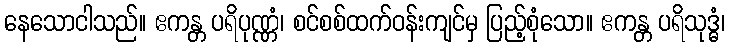
နေသောငါသည်။ ဧကန္တ ပရိပုဏ္ဏံ၊ စင်စစ်ထက်ဝန်းကျင်မှ ပြည့်စုံသော။ ဧကန္တ ပရိသုဒ္ဓံ၊